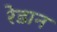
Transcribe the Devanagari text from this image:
रेडान